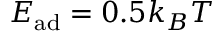
E _ { \mathrm { a d } } = 0 . 5 k _ { B } T